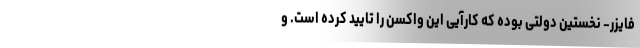
فایزر- نخستین دولتی بوده که کارآیی این واکسن را تایید کرده است. و